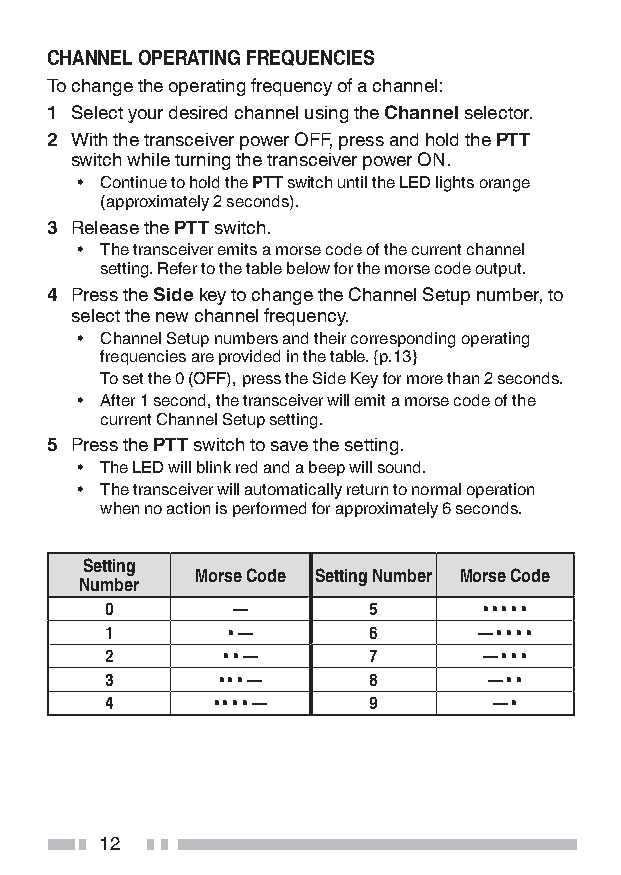
CHANNEL OPERATING FREQUENCIES
 To change the operating frequency of a channel:
 1 Select your desired channel using the Channel selector.
 2 With the transceiver power OFF, press and hold the PTT
 switch while turning the transceiver power ON.
 • Continue to hold the PTT switch until the LED lights orange
 (approximately 2 seconds).
 3 Release the PTT switch.
 • The transceiver emits a morse code of the current channel
 setting. Refer to the table below for the morse code output.
 4 Press the Side key to change the Channel Setup number, to
 select the new channel frequency.
 • Channel Setup numbers and their corresponding operating
 frequencies are provided in the table. {p.13}
 To set the 0 (OFF), press the Side Key for more than 2 seconds.
 • After 1 second, the transceiver will emit a morse code of the
 current Channel Setup setting.
 5 Press the PTT switch to save the setting.
 • The LED will blink red and a beep will sound.
 • The transceiver will automatically return to normal operation
 when no action is performed for approximately 6 seconds.
 Setting
 Morse Code Setting Number Morse Code
 Number
 0       —        5       • • • • •
 1       • —      6       — • • • •
 2       • • —    7       — • • •
 3      • • • —   8       — • •
 4      • • • • — 9        — •
 12